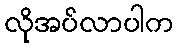
လိုအပ်လာပါက